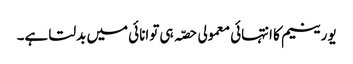
یورینیم کا انتہائی معمولی حصّہ ہی توانائی میں بدلتا ہے۔